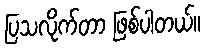
ပြသလိုက်တာ ဖြစ်ပါတယ်။